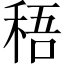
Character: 𥟊